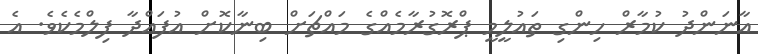
އާނަންދު ކުމާރް ހިންގި ތައުލީމީ ޕްރޮގުރާމެއްގެ މައްޗަށް ބިނާކޮށް އުފައްދާ ފިލްމެކެވެ. އެ